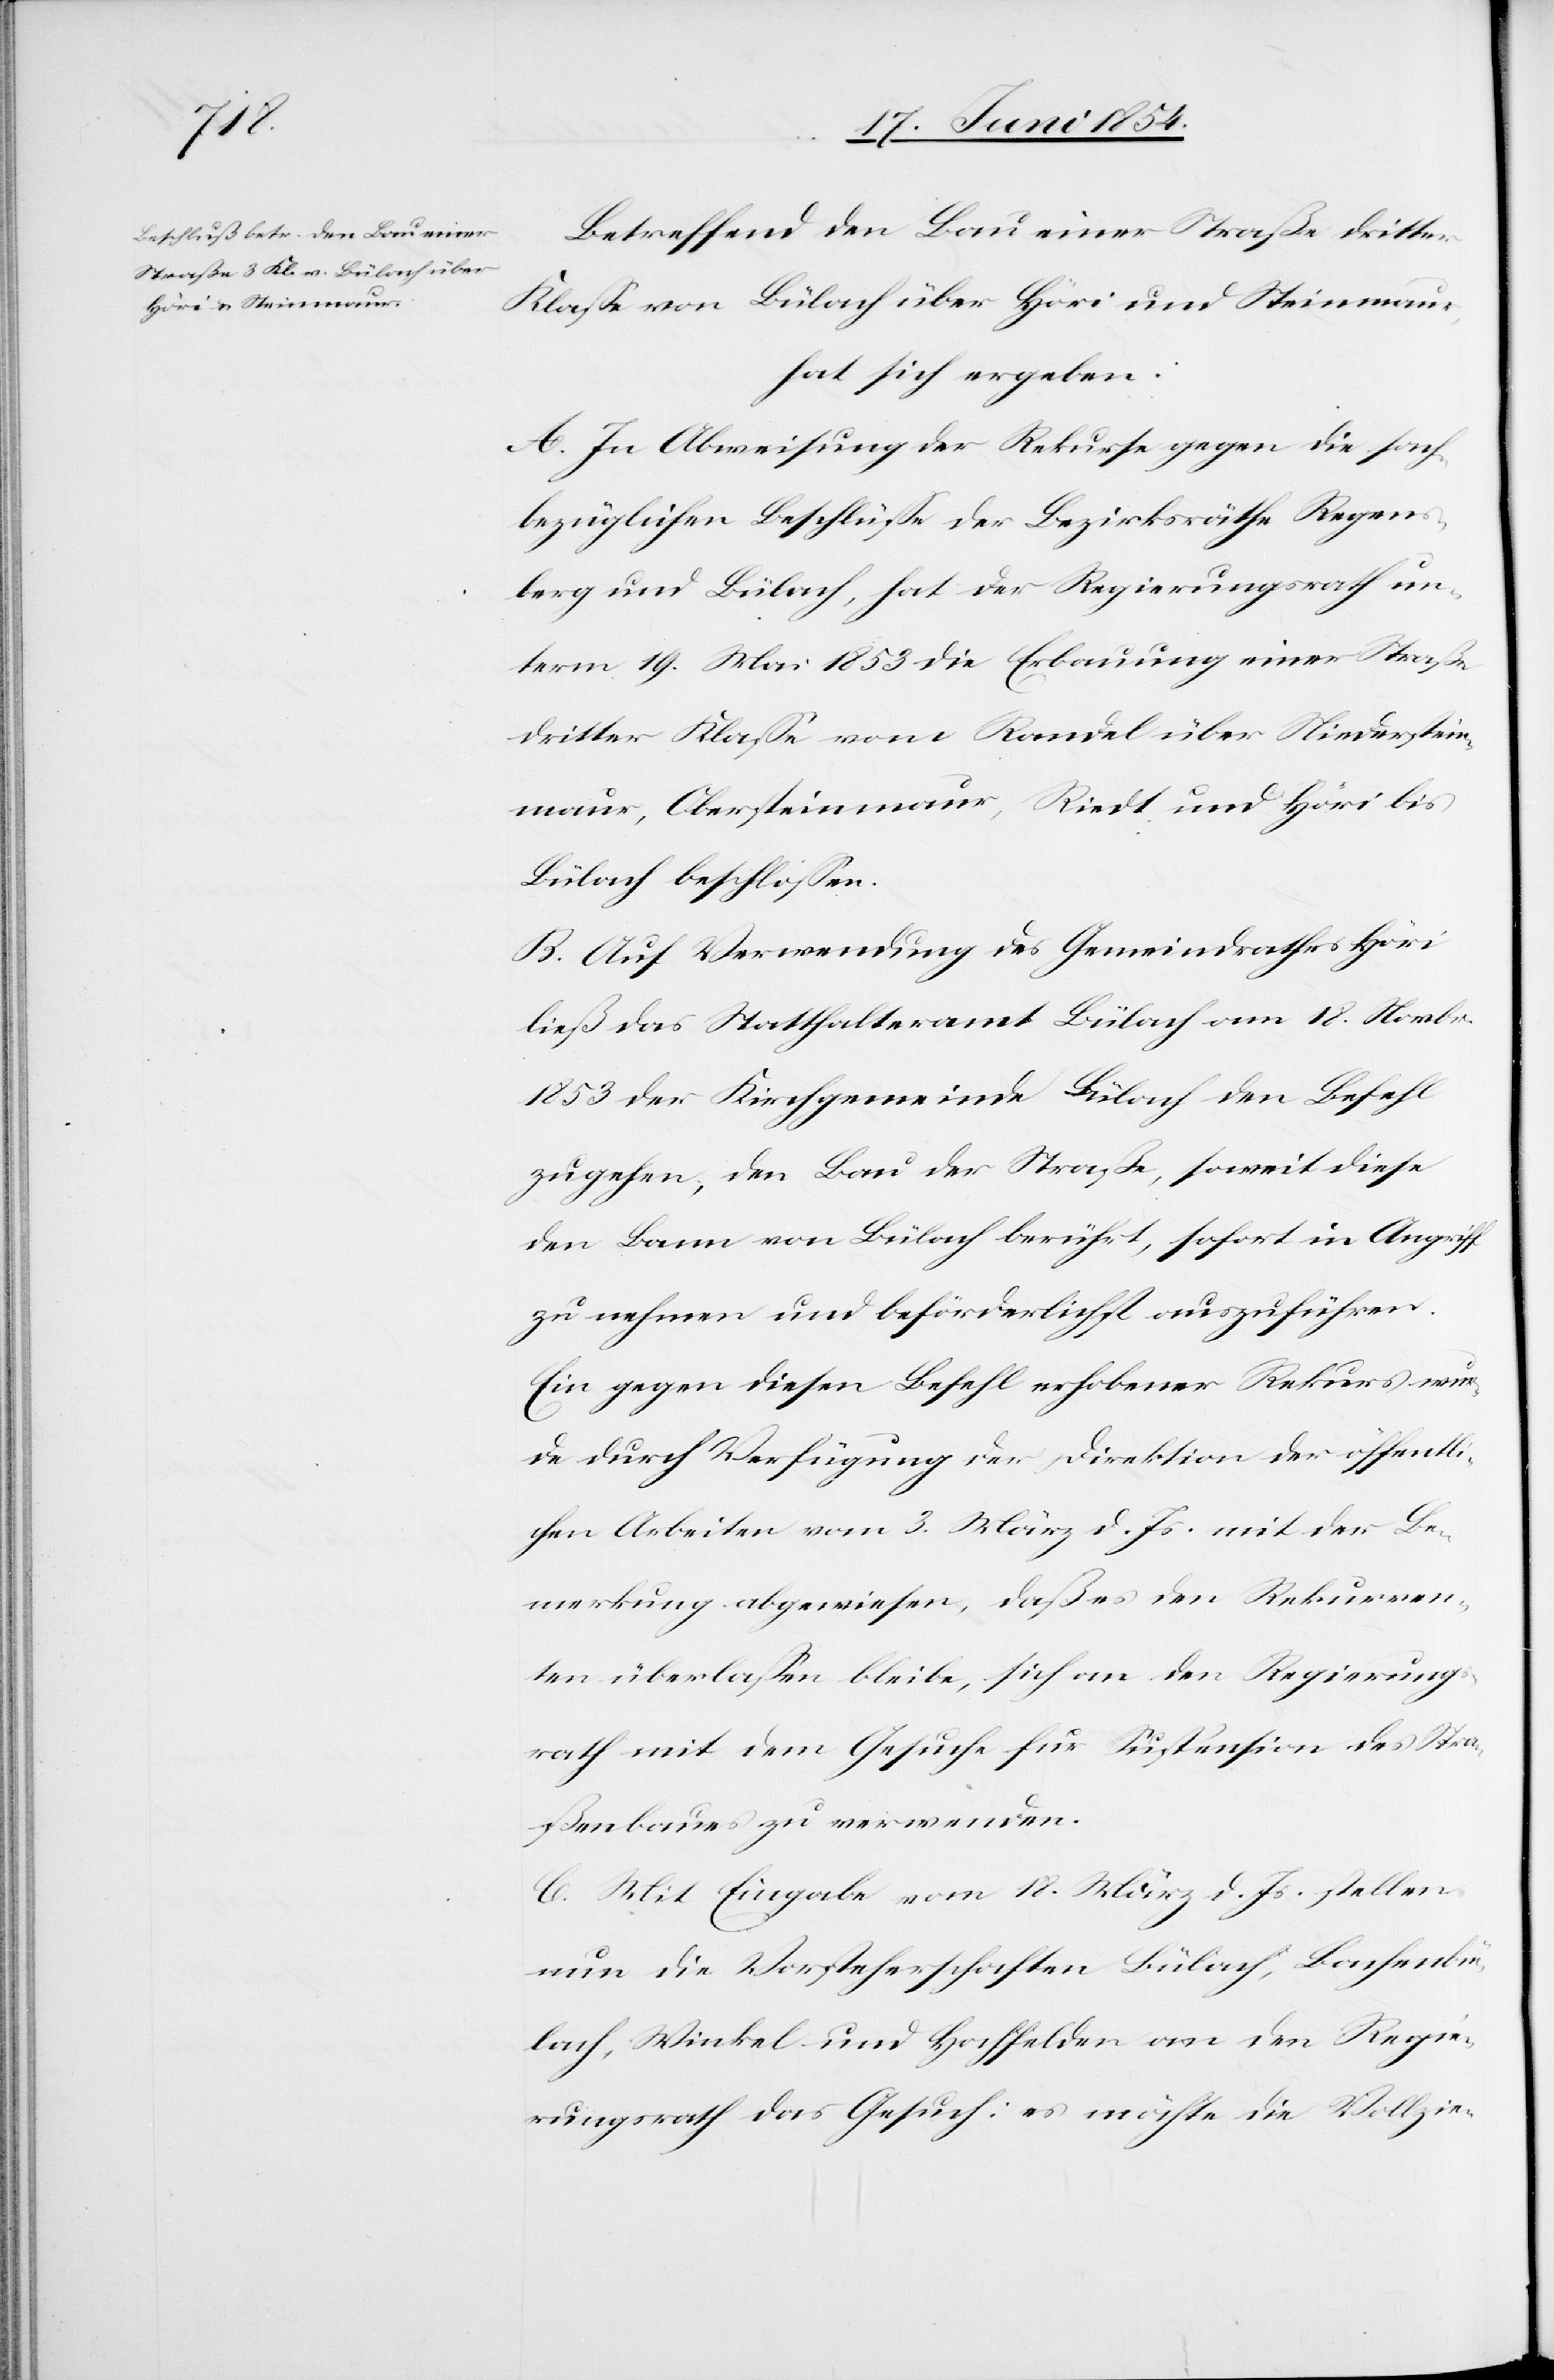
Betreffend den Bau einer Straße dritter
Klaße von Bülach über Höri und Steinmaur,
hat sich ergeben:
A. In Abweisung der Rekurse gegen die sach¬
bezüglichen Beschlüße der Bezirksräthe Regen¬
sberg und Bülach, hat der Regierungsrath un¬
term 19. Mai 1853 die Erbauung einer Straße
dritter Klaße vom Randel über Niederstein¬
maur, Obersteinmaur, Riedt und Höri bis
Bülach beschloßen.
B. Auf Verwendung des Gemeindrathes Höri
ließ das Statthalteramt Bülach am 18. Novbr.
1853 der Kirchgemeinde Bülach den Befehl
zugehen, den Bau der Straße, soweit diese
den Bann von Bülach berührt, sofort in Angriff
zu nehmen und beförderlichst auszuführen.
Ein gegen diesen Befehl erhobener Rekurs wur¬
de durch Verfügung der Direktion der öffentli¬
chen Arbeiten vom 3. März d. Js. mit der Be¬
merkung abgewiesen, daß es den Rekurren¬
ten überlaßen bleibe, sich an den Regierungs¬
rath mit dem Gesuch für Suspension des Stra¬
ßenbaues zu verwenden.
C. Mit Eingabe vom 18. März d. Js. stellen
nun die Vorsteherschaften Bülach, Bachenbü¬
lach, Winkel und Hochfelden an den Regie¬
rungsrath das Gesuch: es möchte die Vollzie-